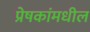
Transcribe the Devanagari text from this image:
प्रेषकांमधील